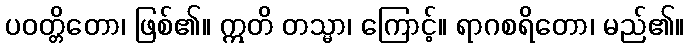
ပဝတ္တိတော၊ ဖြစ်၏။ ဣတိ တသ္မာ၊ ကြောင့်။ ရာဂစရိတော၊ မည်၏။